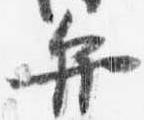
弁